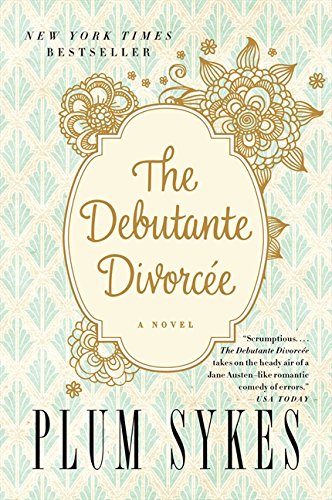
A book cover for The Debutante Divorcee; Plum Sykes; Literature & Fiction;